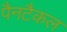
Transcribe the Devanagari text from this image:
पैनटैकल